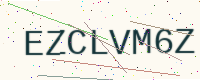
Text: EZCLVM6Z